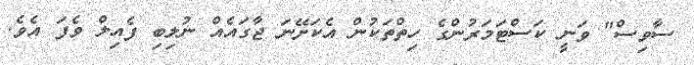
ސާވިސް" ވަނީ ކަސްޓަމަރުންގެ ހިތްތަކުން އެކަށޭނަ ޖާގައެއް ނުލިބި ފެއިލް ވެފަ އެވެ.